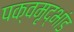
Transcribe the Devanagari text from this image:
पक्वमृद्भांड